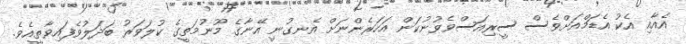
އެއާއި އެކު އެޑަމްއަށްވެސް ސީރިއަސްވެވުނުކަން އަހަރެންނަށް އެނގުނީ އޭނާގެ މޫނުމަތީގެ ކުލަވަރު ބަދަލުވެފައިވާތީއެވެ.